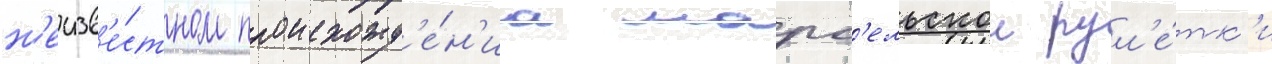
н'еизв'е́стном происхожд'е́н'иа марс'ельскои рул'е́тк'и